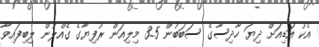
އެކު އަޑިއަށް ދިޔަ ހާދިސާގެ ސަބަބުން 3.5 މިލިއަން ރުފިޔާގެ ގެއްލުން ލިބިފައިވާ